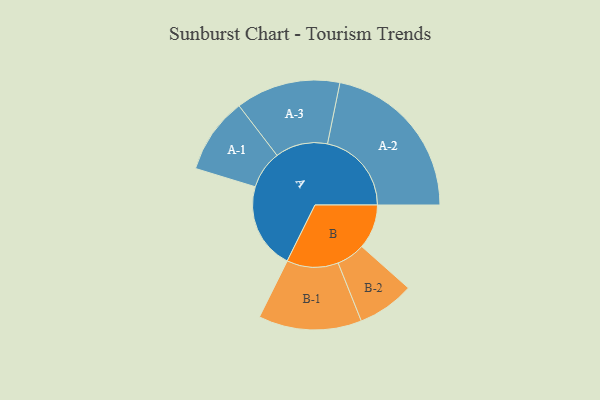
{"axis": {"x": "Segment", "y": "Value"}, "legend": ["", "A", "B"], "data": [{"x": "A", "y": 306, "type": ""}, {"x": "B", "y": 158, "type": ""}, {"x": "A-1", "y": 135, "type": "A"}, {"x": "A-2", "y": 298, "type": "A"}, {"x": "A-3", "y": 186, "type": "A"}, {"x": "B-1", "y": 183, "type": "B"}, {"x": "B-2", "y": 101, "type": "B"}]}